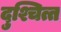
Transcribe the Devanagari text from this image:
दुश्चित्त